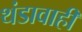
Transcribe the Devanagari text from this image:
थंडावाही